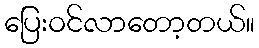
ပြေးဝင်လာတော့တယ်။